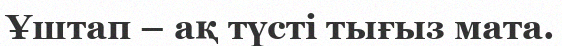
Ұштап – ақ түсті тығыз мата.